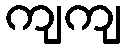
ကျကျ